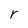
Character: r